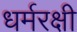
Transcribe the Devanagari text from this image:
धर्मरक्षी